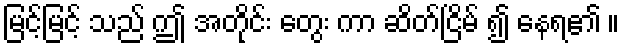
မြင့်မြင့် သည် ဤ အတိုင်း တွေး ကာ ဆိတ်ငြိမ် ၍ နေရ၏ ။